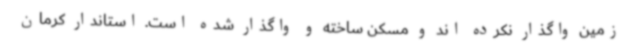
زمین واگذار نکرده اند و مسکن ساخته و واگذار شده است. استاندار کرمان